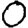
Digit: 0